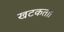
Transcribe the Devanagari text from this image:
खटकता।